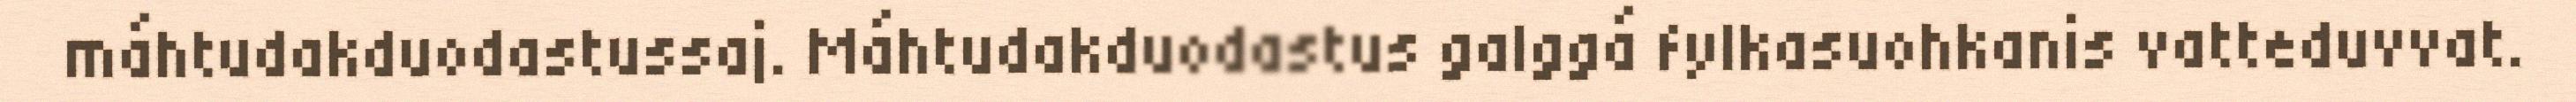
máhtudakduodastussaj. Máhtudakduodastus galggá fylkasuohkanis vatteduvvat.